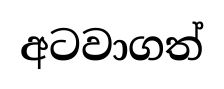
අටවාගත්